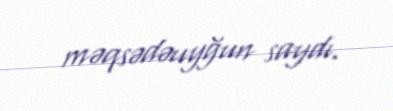
məqsədəuyğun saydı.